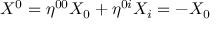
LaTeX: X ^ { 0 } = \eta ^ { 0 0 } X _ { 0 } + \eta ^ { 0 i } X _ { i } = - X _ { 0 }